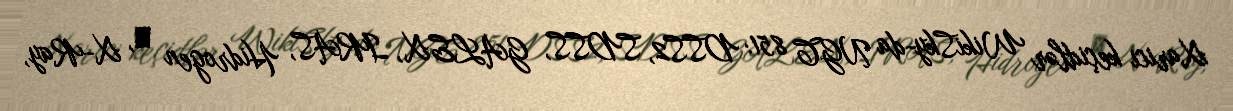
Xarici keçidlər WikiSky-da NGC 851: DSS2, SDSS, GALEX, IRAS, Hidrogen α, X-Ray,